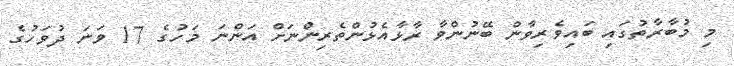
މި މުބާރާތުގައި ބައިވެރިވާން ބޭނުންވާ ރާޅާއެޅުންތެރިންނަށް އަންނަ މަހުގެ 17 ވަނަ ދުވަހުގެ